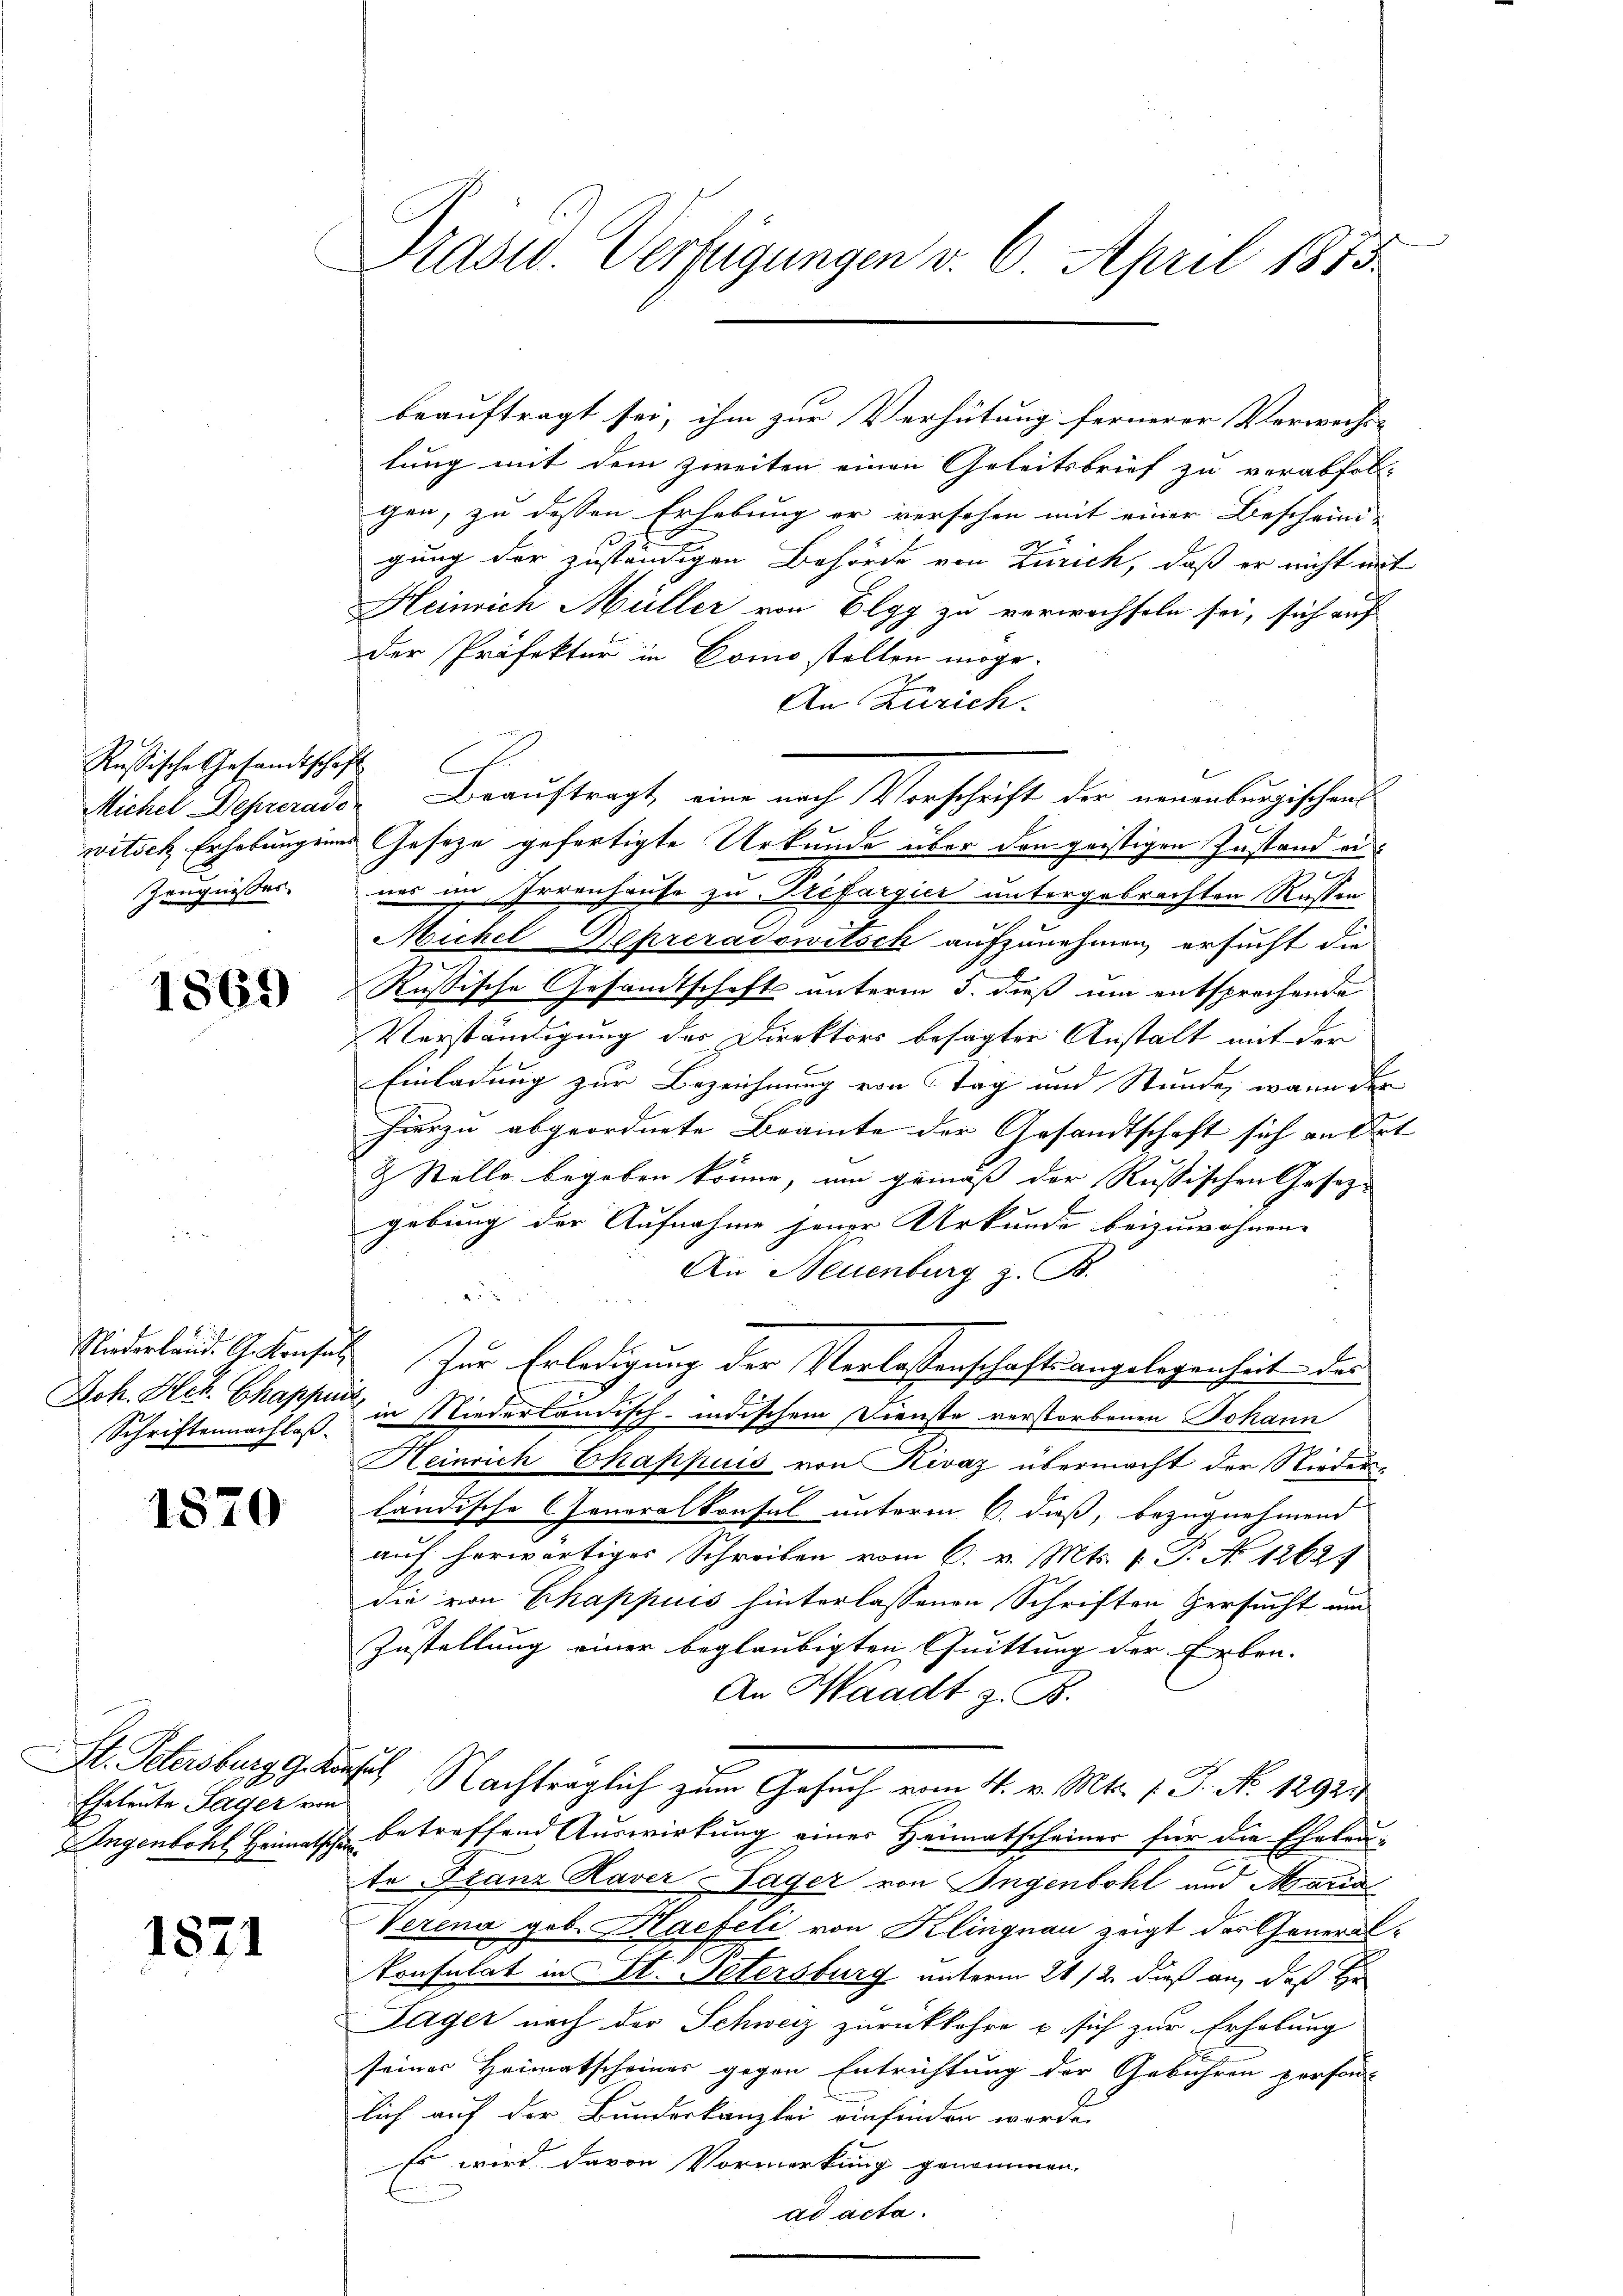
Rußische Gesandtschaft
Zeugnisses.

1869

Niederland. G. Konsul
Schriftennachlaß.

1870

St. Petersburg ger
Ehetente Sager von
Ungenbohl Heimatscha

1821

beauftragt sei, ihm zur Verhütung fernerer Verwechs-
lung mit dem zweiten einen Geleitsbrief zu verabfolgen, zu dessen Erhebung er versehen mit einer Bescheini-
gung der zuständigen Behörde von Zürich, daß er nicht mit
Heinrich Müller von Elgg zu verwachseln sei, sich auf
der Präfektur in Como stellen möge.
An Zürich.
Michel Deprerade Beauftragt, eine nach Vorschrift der neuenburgischens
witsch Erhebungenes Gesetze gefertigte Urkunde über den geistigen Zustand ei
nes im Irrenhause zu Préfargier untergebrachten Resten
Michel Beprezadowitsch aufzunehmen, ersucht die
Russische Gesandtschafts unterm 5. dieß um entsprechende
Verständigung des Direktors besagter Anstalt mit der
Einladung zur Bezeichnung von Tag und Stunde, wann der
hierzu abgeordnete Beamte der Gesandtschaft sich an dat |
& Stelle begeben könne, um gemäß der Russischen Gesezgebung der Aufnahme jener Urkunde beizuwohnen.
An Neuenburg z. B.
a
Zur Erledigung der Verlassenschafts angelegenheit des
Joh. Hch. Chappe in Niederländisch-indischem Dienste verstorbenen Johann
Heinrich Ekappuis von Kivaz übermacht der Nieden
ländische Generalkonsul unterm 6. dieß, bezugnehmend
auf herwärtiger Schreiben vom 6. v. Mts. v. P. No 1262.
die von Chappuis hinterlassenen Schriften Versucht und
Zustellung einer beglaubigten Quittung der Erben-
An Waadt z. B.
el Nachträglich zum Gesuch vom 4. v. Mts. f. P. No. 1292.
betreffend Auswirkung einer Heimatscheiner für die Eheleu-
te Stanz Kaver Tager von Ingenbohl und Maria
Verena geb. Haefeli von Klingnau zeigt das General
Konsulat in St. Petersburg unterm 21/2. dieß an, daß Hr
Lager nach der Schweiz zurückkehre u. sich zur Erhebung
seines Heimatscheines gegen Entrichtung der Gebühren person-
lich auf der Bundeskanzlei einfinden worden.
Es wird davon Vormerkung genommen.
ad acta.

Präsid. Verfügungen v. 6. April 1883.